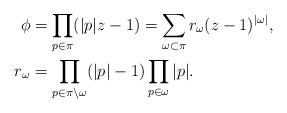
\begin{align*} \phi &= \prod_{p \in \pi} (|p| z - 1) = \sum_{\omega \subset \pi} r_\omega (z-1)^{|\omega|},\\ r_\omega &= \prod_{p \in \pi \setminus \omega} (|p|-1) \prod_{p \in \omega} |p|. \end{align*}